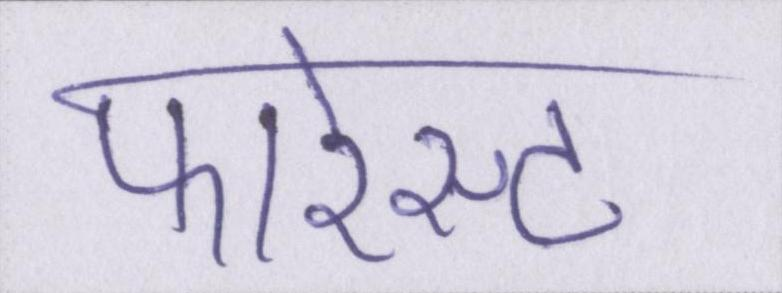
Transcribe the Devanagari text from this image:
फारेस्ट